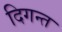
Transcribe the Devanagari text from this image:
दिगन्‍त